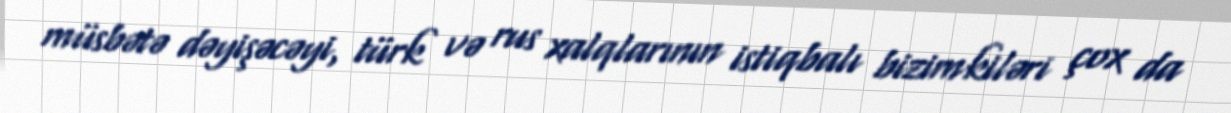
müsbətə dəyişəcəyi, türk və rus xalqlarının istiqbalı bizimkiləri çox da